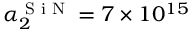
\alpha _ { 2 } ^ { \textrm { S i N } } = 7 \times 1 0 ^ { 1 5 }